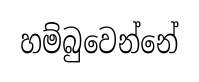
හම්බුවෙන්නේ